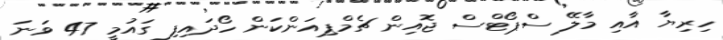
ހިރިޔާ އާއި މާލޭ ސްޕޯޓްސް ޖޮއިން ޗެމްޕިއަންކަން ހޯދައިފި ގައުމީ 47 ވަނަ